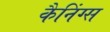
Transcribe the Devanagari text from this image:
कैनिंग्स